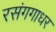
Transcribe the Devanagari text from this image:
रसंगगाधर